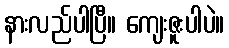
နားလည်ပါပြီ။ ကျေးဇူးပါပဲ။